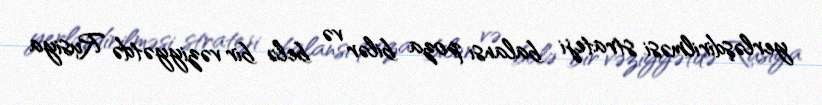
yerləşdirilməsi strateji balansı poza bilər və belə bir vəziyyətdə Rusiya